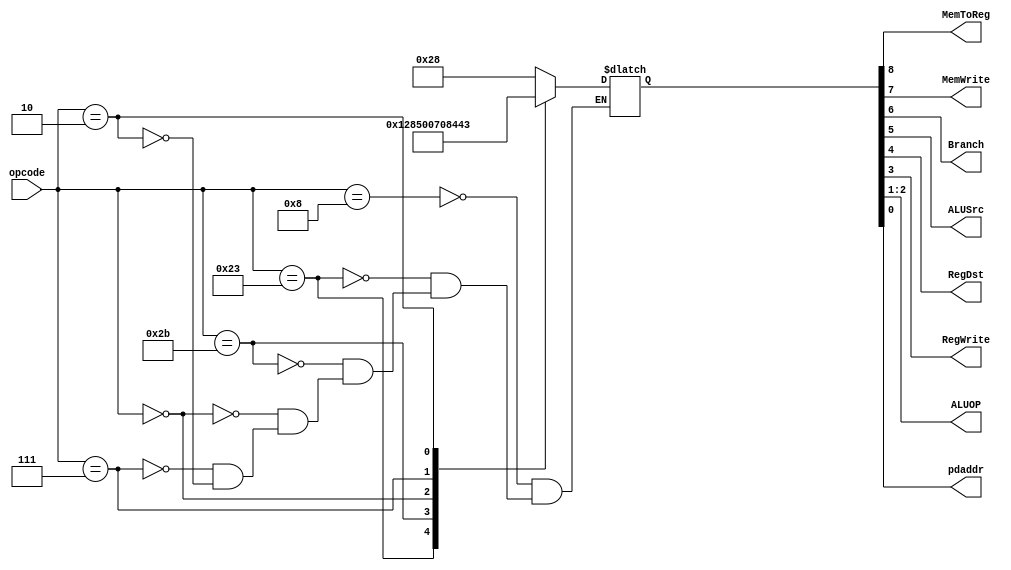
`timescale 1ns / 1ps
module MainDecoder(
    opcode,
    MemToReg, MemWrite, Branch, ALUSrc, RegDst, RegWrite, ALUOP, pdaddr
);

input [5:0] opcode;
output MemToReg, MemWrite, Branch, ALUSrc, RegDst, RegWrite, pdaddr;
output [1:0] ALUOP;

reg [8:0] code = 0;

assign {MemToReg, MemWrite, Branch, ALUSrc, RegDst, RegWrite, ALUOP, pdaddr} = code;

parameter	OP_ADDI = 6'h8;
parameter	OP_LW   = 6'h23;
parameter	OP_SW   = 6'h2b;
parameter	OP_ADD  = 6'h0;
parameter	OP_BGTZ = 6'h7;
parameter	OP_J    = 6'h2;

always@(*) begin
  case(opcode)
    OP_ADDI:    code <= 9'b0_0_0_1_0_1_00_0;
    OP_LW:      code <= 9'b1_0_0_1_0_1_00_0;
    OP_SW:      code <= 9'b0_1_0_1_0_0_00_0;
    OP_ADD:     code <= 9'b0_0_0_0_1_1_10_0;
    OP_BGTZ:    code <= 9'b0_0_1_0_0_0_01_0;
    OP_J:       code <= 9'b0_0_1_0_0_0_01_1;
  endcase
end

endmodule